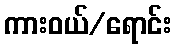
ကားဝယ်/ရောင်း